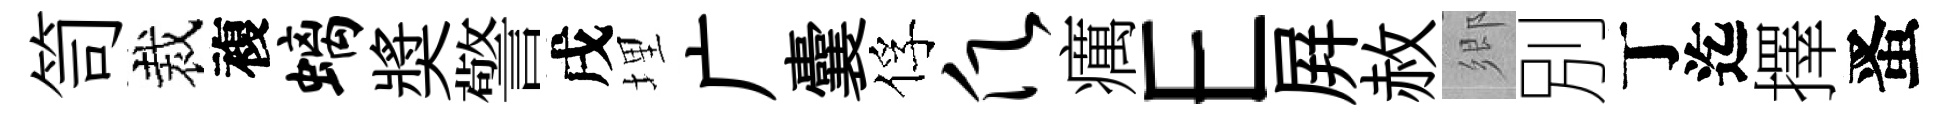
笥裁複螭奬警戌埋广囊俘愿癘E屛赦鄉別丁迄擇󱉠